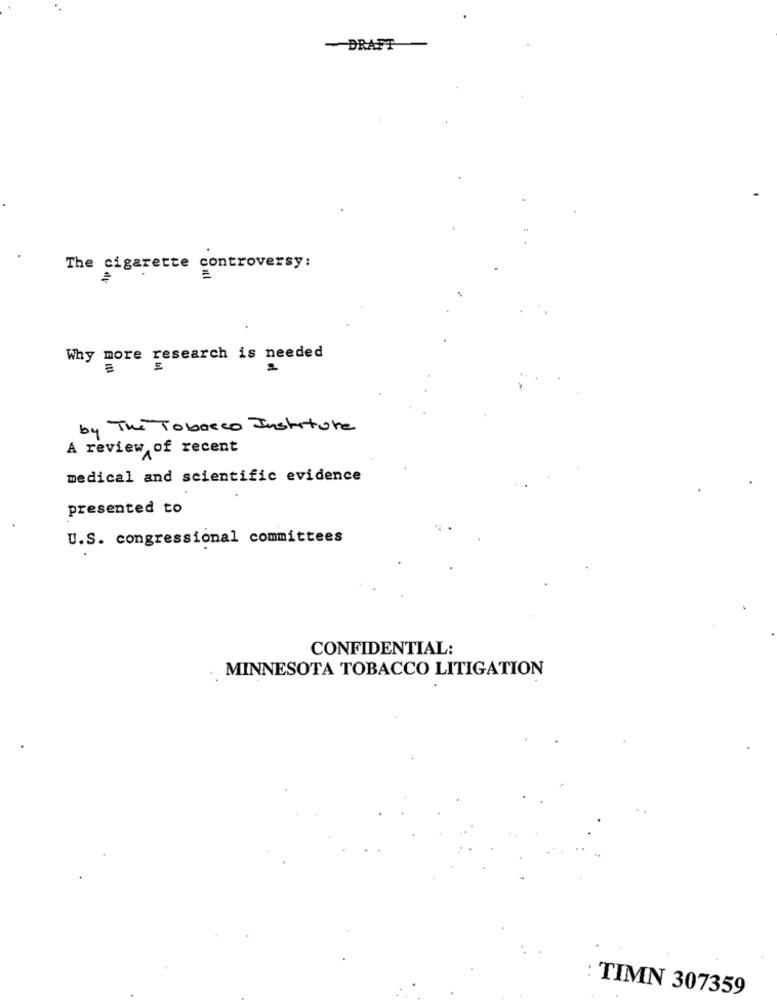
- DRAFT
The cigarette controversy:
Why more research is needed
by The Tobacco Institute
A review of recent
medical and scientific evidence
presented to
U.S. congressional committees
CONFIDENTIAL:
MINNESOTA TOBACCO LITIGATION
: TIMN 307359